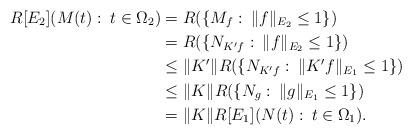
LaTeX: \begin{align*}R[E_2](M(t):\:t\in\Omega_2) & = R(\{M_f :\: \|f\|_{E_2} \leq 1\}) \\& = R(\{N_{K'f} :\: \|f\|_{E_2} \leq 1\}) \\& \leq \|K'\| R(\{N_{K'f} :\: \|K'f\|_{E_1} \leq 1\})\\& \leq \|K\| R(\{N_g:\: \|g\|_{E_1} \leq 1\}) \\& = \|K\| R[E_1](N(t):\:t\in\Omega_1).\end{align*}